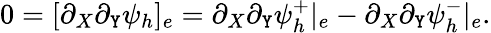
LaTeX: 0=[\partial_{X}\partial_{\mathtt{Y}}\psi_{h}]_{e}=\partial_{X}\partial_{\mathtt{Y}}\psi_{h}^{+}|_{e}-\partial_{X}\partial_{\mathtt{Y}}\psi_{h}^{-}|_{e}.